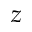
z